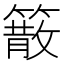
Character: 䉈